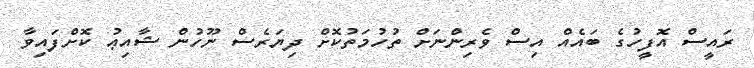
ރައީސް އޮފީހުގެ ބައެއް އިސް ވެރިންނަށް ތުހުމަތުކޮށް ދިޔަރެސް ނޫހުން ޝާއިޢު ކޮށްފައިވާ